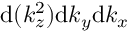
\mathrm { d } ( k _ { z } ^ { 2 } ) \mathrm { d } k _ { y } \mathrm { d } k _ { x }